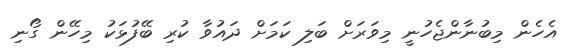
އެހެން މިބުނާންޖެހުނީ މިވަރަށް ބަލި ކަމަށް ދައުވާ ކުރި ބޭފުޅަކު މިހޭން ގޯނި